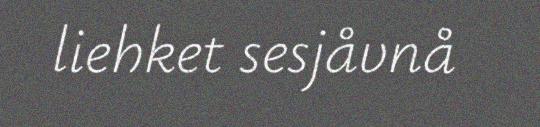
liehket sesjåvnå